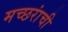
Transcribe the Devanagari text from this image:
मच्छरांची